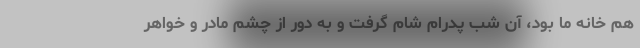
هم خانه ما بود، آن شب پدرام شام گرفت و به دور از چشم مادر و خواهر